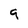
Character: 9